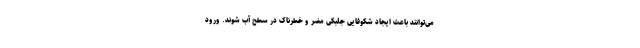
می‌توانند باعث ایجاد شکوفایی جلبکی مضر و خطرناک در سطح آب شوند. ورود